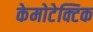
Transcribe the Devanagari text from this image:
केमोटेक्टिक